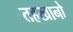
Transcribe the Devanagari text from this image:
तहखानो